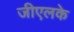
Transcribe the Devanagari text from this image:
जीएलके